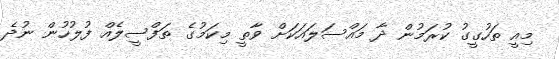
މިއީ ތަހުގީގު ކުރަމުން ދާ މައްސަލައަކަށް ވާތީ މިކަމުގެ ތަފްސީލެއް ފުލުހުން ނުދެ